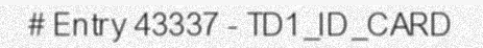
# Entry 43337 - TD1_ID_CARD